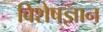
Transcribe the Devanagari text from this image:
विशेषज्ञान